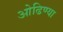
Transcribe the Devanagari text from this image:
ओढिण्या